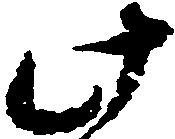
此